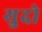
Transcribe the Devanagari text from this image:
युदो